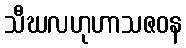
သီဃလဟုဟာသဇဝန